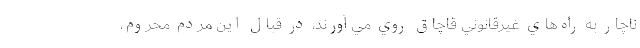
ناچار به راه‌هاي غيرقانوني قاچاق روي مي‌آورند، در قبال اين مردم محروم،